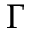
\Gamma